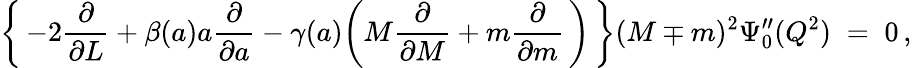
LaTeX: \biggl\{ \, -2\frac{\partial}{\partial L}+\beta(a)a\frac{\partial}{\partial a}-\gamma(a)\biggl(M\frac{\partial}{\partial M}+m\frac{\partial}{\partial m}\, \biggr)\, \biggr\} (M\mp m)^{2}\Psi_{0}^{\prime\prime}(Q^{2})\; =\; 0\, ,